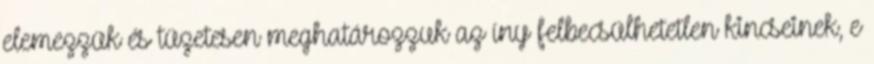
elemezzük és tüzetesen meghatározzuk az íny felbecsülhetetlen kincseinek, e